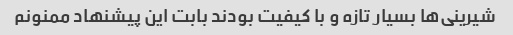
شیرینی‌ها بسیار تازه و با کیفیت بودند بابت این پیشنهاد ممنونم